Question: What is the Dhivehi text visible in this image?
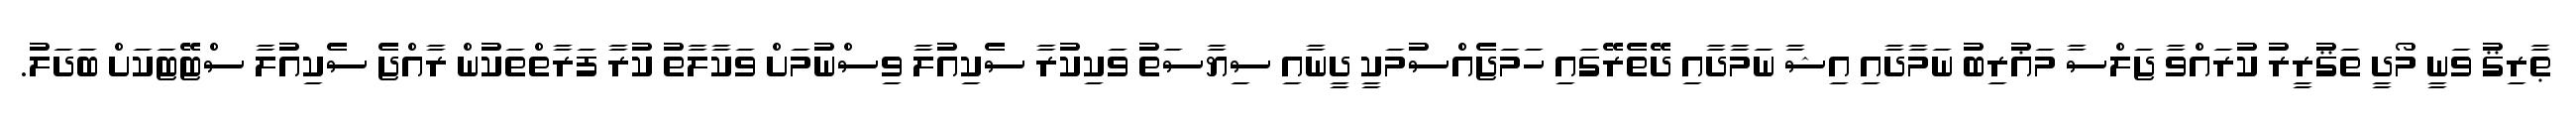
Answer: ޠާރިޤު ވަނީ މޯދީ ތަޤުރީރު ކުރައްވާ ޖަލްސާ މަޣުރިބު ނަމާދާއި އިޝާ ނަމާދާއި ދޭތެރޭގައި ހަމަޖެއްސުމަކީ ދީނާއި ސިޔާސަތު ވަކިކުރާ ސެކިއުލާ ވިސްނުމަށް ވަކާލާތު ކުރާ ފަރާތްތަކުން ރާއްޖެ ސެކިއުލާ ސްޓޭޓަކަށް ބަދަލު.